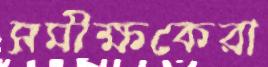
সমীক্ষকেরা